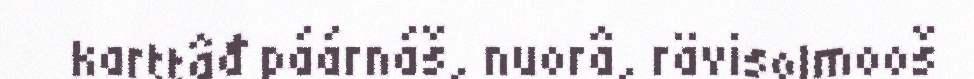
karttâđ páárnáš, nuorâ, rävisolmooš